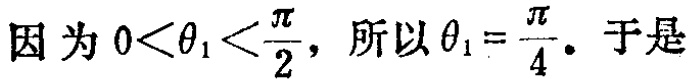
因为 \(0<\theta _{1}<\frac{\pi}{2}\)，所以 \(\theta _{1}=\frac{\pi}{4}\)。于是